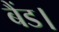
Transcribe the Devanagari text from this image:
बैंड।